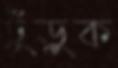
ঢুঁড়ুক